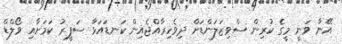
އޭނާ ވަނީ މީގެ ކުރިން ސްވިޒަލަންޑަށް ދިވެހިރާއްޖެއިން ކަނޑައަޅާ ސަފީރު ކަމަށާއި ވޯލްޑް